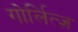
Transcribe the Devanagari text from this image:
गोर्लित्ज़